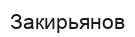
Закирьянов